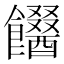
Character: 𩟫